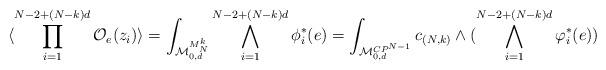
LaTeX: \begin{align*}\langle \prod_{i=1}^{N-2+(N-k)d}{\cal O}_{e}(z_{i}) \rangle = \int_{{\cal M}_{0,d}^{M_{N}^{k}}} \bigwedge_{i=1}^{N-2+(N-k)d}\phi^{*}_{i}(e) =\int_{{\cal M}^{CP^{N-1}}_{0,d}}c_{(N,k)}\wedge (\bigwedge_{i=1}^{N-2+(N-k)d}\varphi^{*}_{i}(e))\end{align*}